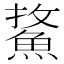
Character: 𩷢